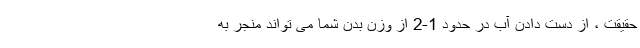
حقیقت ، از دست دادن آب در حدود 1-2 از وزن بدن شما می تواند منجر به